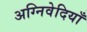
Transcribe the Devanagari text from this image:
अग्निवेदियाँ